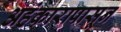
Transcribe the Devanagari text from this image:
अहंकारापासून